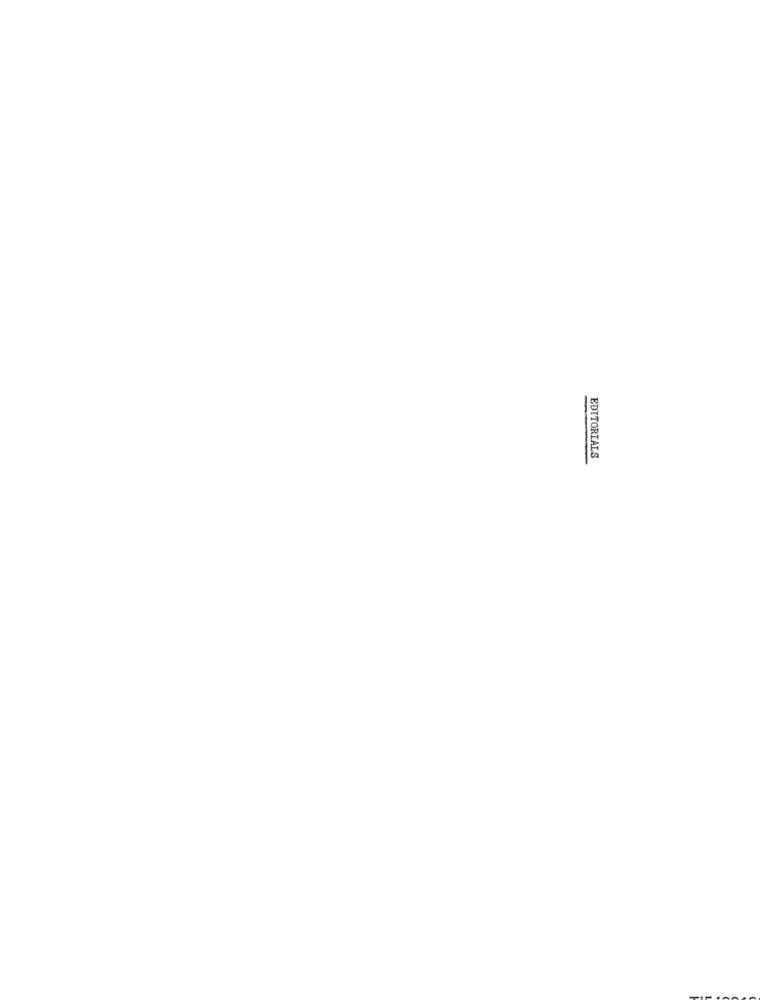
EDITORIALS